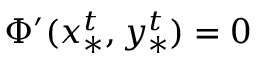
\Phi ^ { \prime } ( x _ { * } ^ { t } , y _ { * } ^ { t } ) = 0